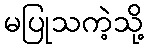
မပြုသကဲ့သို့